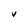
Character: V